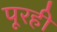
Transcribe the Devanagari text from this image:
पूरही